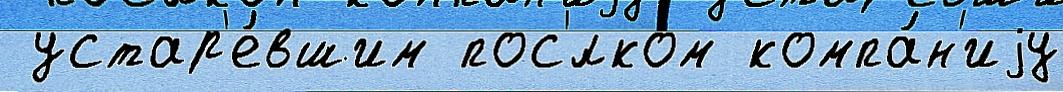
 устар'е́вшим пос'́лком компа́н'иjу